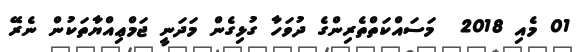
01 މެއި 2018  މަސައްކަތްތެރިންގެ ދުވަހާ ގުޅިގެން މަދަނީ ޖަމްޢިއްޔާތަކުން ނެރޭ